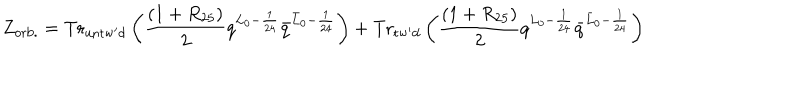
Z _ { \mathrm { o r b . } } = \mathrm { T r } _ { \mathrm { u n t w ^ { \prime } d } } \left( { \frac { ( 1 + R _ { 2 5 } ) } { 2 } } q ^ { L _ { 0 } - { \frac { 1 } { 2 4 } } } { \bar { q } } ^ { { \bar { L } } _ { 0 } - { \frac { 1 } { 2 4 } } } \right) + \mathrm { T r } _ { \mathrm { t w ^ { \prime } d } } \left( { \frac { ( 1 + R _ { 2 5 } ) } { 2 } } q ^ { L _ { 0 } - { \frac { 1 } { 2 4 } } } { \bar { q } } ^ { { \bar { L } } _ { 0 } - { \frac { 1 } { 2 4 } } } \right)